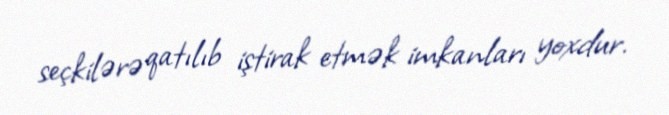
seçkilərə qatılıb iştirak etmək imkanları yoxdur.